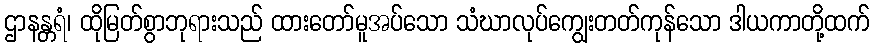
ဌာနန္တရံ၊ ထိုမြတ်စွာဘုရားသည် ထားတော်မူအပ်သော သံဃာလုပ်ကျွေးတတ်ကုန်သော ဒါယကာတို့ထက်